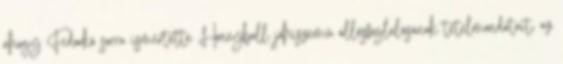
ahogy Fedorkó sorra ismertette Honeyball jóhiszemű állásfoglalásának tételmondatait, az